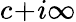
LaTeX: c\! +\! i\infty